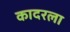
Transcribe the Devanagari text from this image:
कादरला